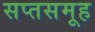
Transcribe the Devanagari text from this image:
सप्तसमूह